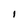
Character: I